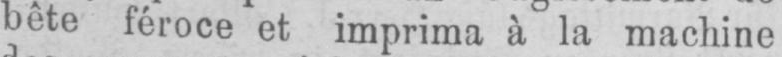
bête féroce et imprima à la machine